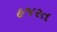
હજરત